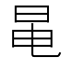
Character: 㫣